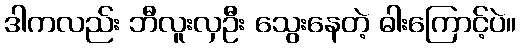
ဒါကလည်း ဘီလူးလှဦး သွေးနေတဲ့ ဓါးကြောင့်ပဲ။